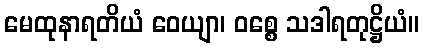
မေထုနာရတိယံ ဝေယျာ၊ ဝစ္စေ သဒါရတုဋ္ဌိယံ။